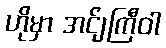
ဟိုမှာ အင်ျကြီဝါ